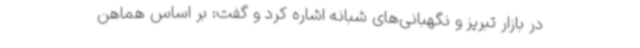
در بازار تبریز و نگهبانی‌های شبانه اشاره کرد و گفت: بر اساس هماهن